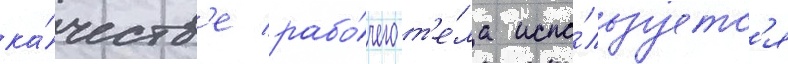
ка́честв'е рабо́чего т'е́ла испо́льзуетс'я